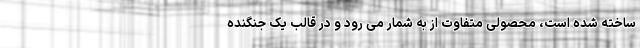
ساخته شده است، محصولی متفاوت از به شمار می رود و در قالب یک جنگنده